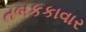
તબકકાવાર